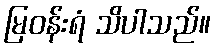
မြဝန်းရံ သိပါသည်။